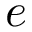
e